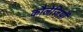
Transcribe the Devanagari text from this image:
कौलेजियों